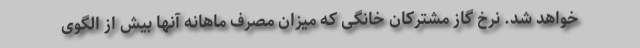
خواهد شد. نرخ گاز مشترکان خانگی که میزان مصرف ماهانه آنها بیش از الگوی